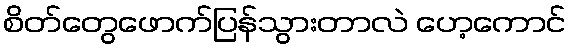
စိတ်တွေဖောက်ပြန်သွားတာလဲ ဟေ့ကောင်